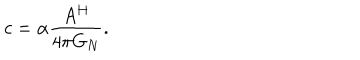
c = \alpha \frac { A ^ { H } } { 4 \pi G _ { N } } .